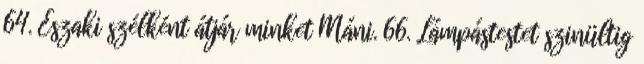
64. Északi szélként átjár minket Máni. 66. Lámpástestet szinültig